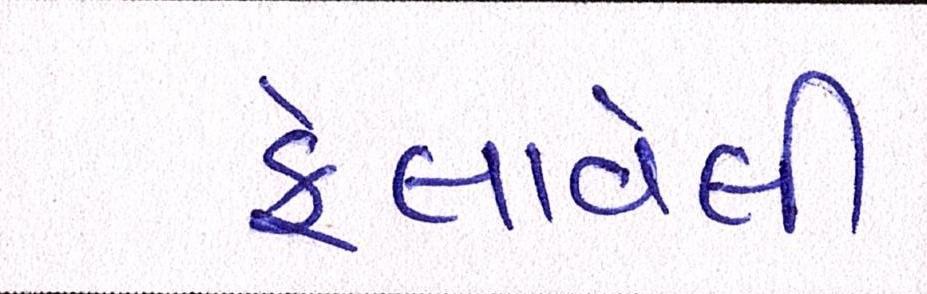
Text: ફેલાવેલી